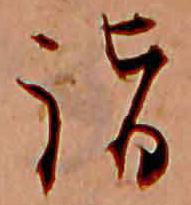
詣